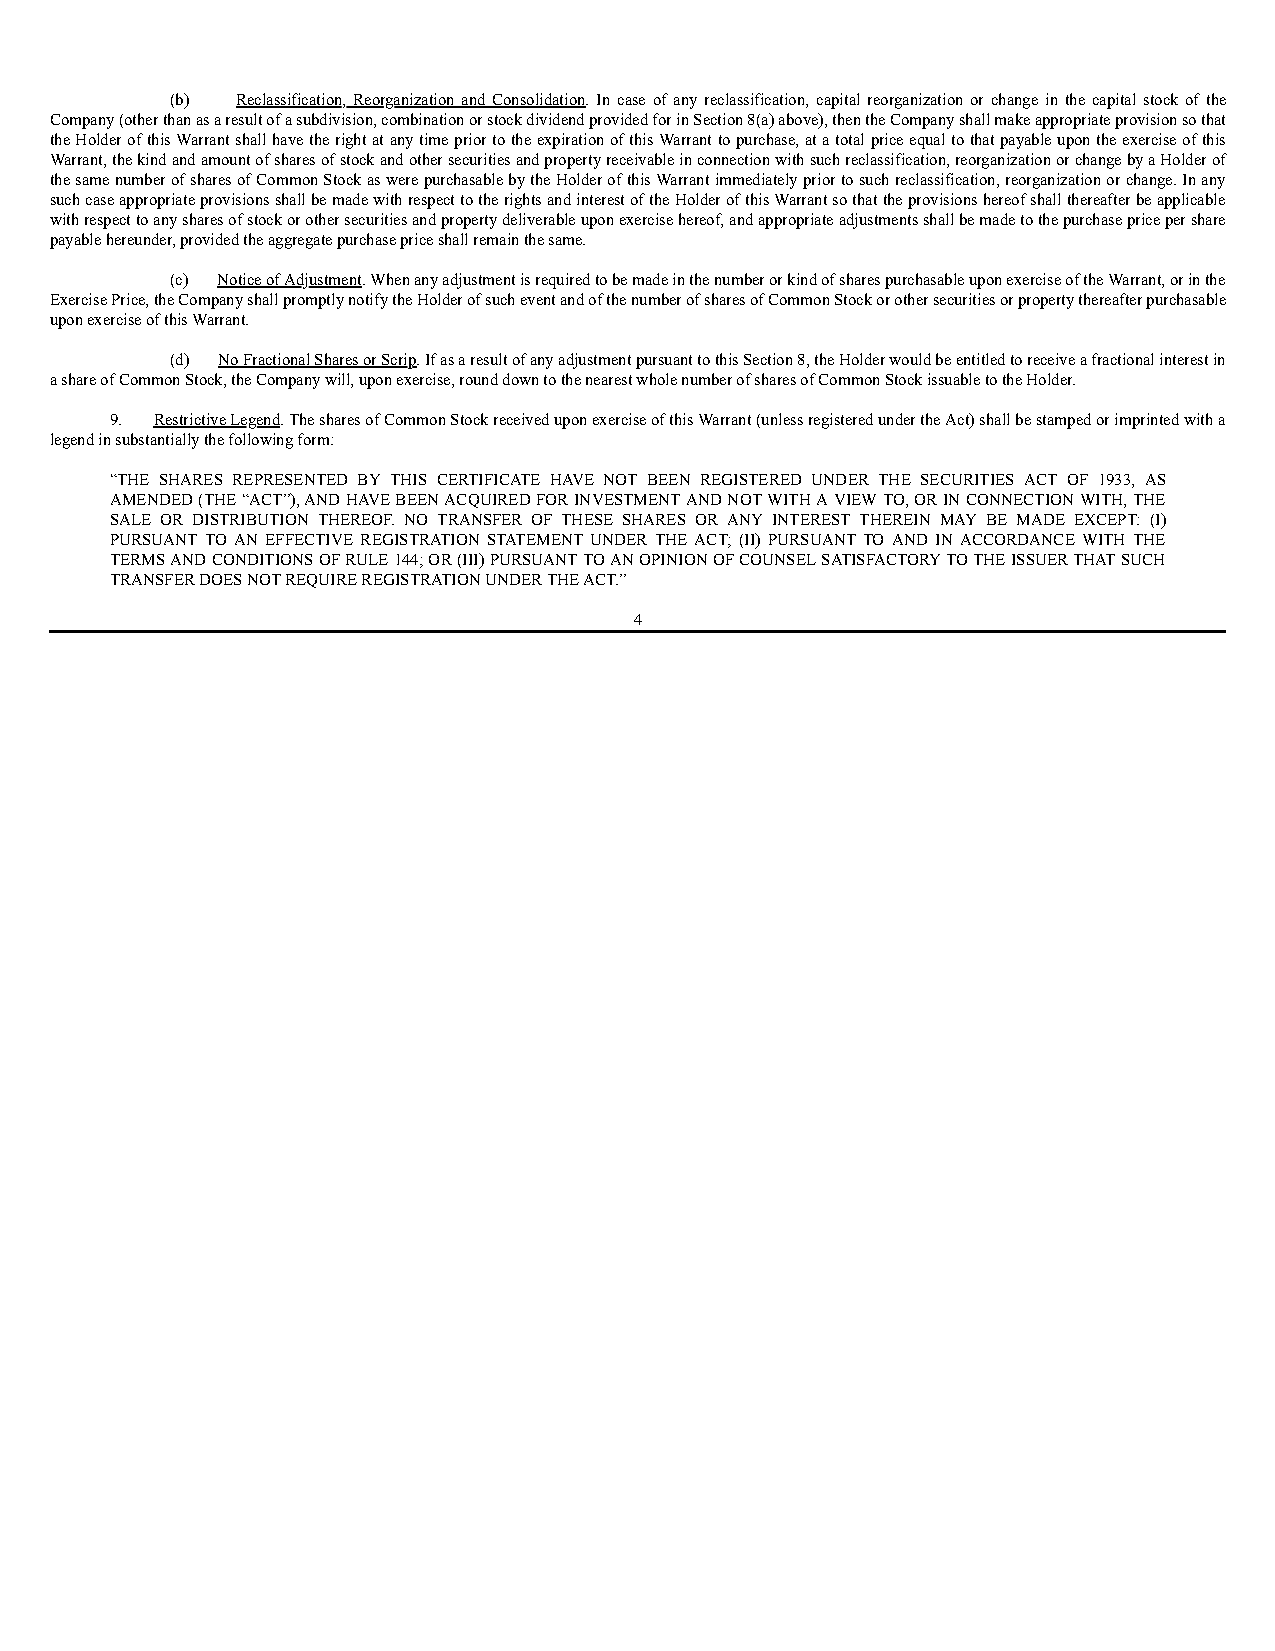
(b)  Reclassification, Reorganization and Consolidation. In case of any reclassification, capital reorganization or change in the capital stock of the
 Company (other than as a result of a subdivision, combination or stock dividend provided for in Section 8(a) above), then the Company shall make appropriate provision so that
 the Holder of this Warrant shall have the right at any time prior to the expiration of this Warrant to purchase, at a total price equal to that payable upon the exercise of this
 Warrant, the kind and amount of shares of stock and other securities and property receivable in connection with such reclassification, reorganization or change by a Holder of
 the same number of shares of Common Stock as were purchasable by the Holder of this Warrant immediately prior to such reclassification, reorganization or change. In any
 such case appropriate provisions shall be made with respect to the rights and interest of the Holder of this Warrant so that the provisions hereof shall thereafter be applicable
 with respect to any shares of stock or other securities and property deliverable upon exercise hereof, and appropriate adjustments shall be made to the purchase price per share
 payable hereunder, provided the aggregate purchase price shall remain the same.
 (c) Notice of Adjustment. When any adjustment is required to be made in the number or kind of shares purchasable upon exercise of the Warrant, or in the
 Exercise Price, the Company shall promptly notify the Holder of such event and of the number of shares of Common Stock or other securities or property thereafter purchasable
 upon exercise of this Warrant.
 (d) No Fractional Shares or Scrip. If as a result of any adjustment pursuant to this Section 8, the Holder would be entitled to receive a fractional interest in
 a share of Common Stock, the Company will, upon exercise, round down to the nearest whole number of shares of Common Stock issuable to the Holder.
 9. Restrictive Legend. The shares of Common Stock received upon exercise of this Warrant (unless registered under the Act) shall be stamped or imprinted with a
 legend in substantially the following form:
 “THE SHARES REPRESENTED BY THIS CERTIFICATE HAVE NOT BEEN REGISTERED UNDER THE SECURITIES ACT OF 1933, AS
 AMENDED (THE “ACT”), AND HAVE BEEN ACQUIRED FOR INVESTMENT AND NOT WITH A VIEW TO, OR IN CONNECTION WITH, THE
 SALE OR DISTRIBUTION THEREOF. NO TRANSFER OF THESE SHARES OR ANY INTEREST THEREIN MAY BE MADE EXCEPT: (I)
 PURSUANT TO AN EFFECTIVE REGISTRATION STATEMENT UNDER THE ACT; (II) PURSUANT TO AND IN ACCORDANCE WITH THE
 TERMS AND CONDITIONS OF RULE 144; OR (III) PURSUANT TO AN OPINION OF COUNSEL SATISFACTORY TO THE ISSUER THAT SUCH
 TRANSFER DOES NOT REQUIRE REGISTRATION UNDER THE ACT.”
 4